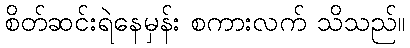
စိတ်ဆင်းရဲနေမှန်း စကားလက် သိသည်။